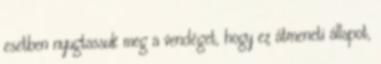
esetben nyugtassuk meg a vendéget, hogy ez átmeneti állapot,